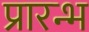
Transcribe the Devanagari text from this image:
प्रारन्भ